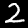
Label: 2